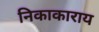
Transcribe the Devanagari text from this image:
निकाकाराय